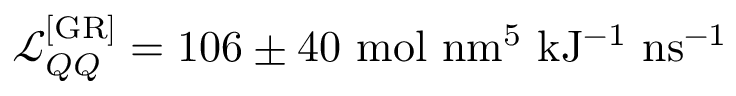
\mathcal { L } _ { Q Q } ^ { \mathrm { [ G R ] } } = 1 0 6 \pm 4 0 \ \mathrm { m o l \ n m ^ { 5 } \ k J ^ { - 1 } \ n s ^ { - 1 } }